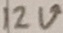
Text: 12V